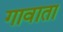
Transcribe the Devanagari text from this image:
गावाता